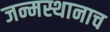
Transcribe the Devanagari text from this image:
जन्मस्थानाच